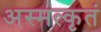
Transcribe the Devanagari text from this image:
अस्मत्कृतं